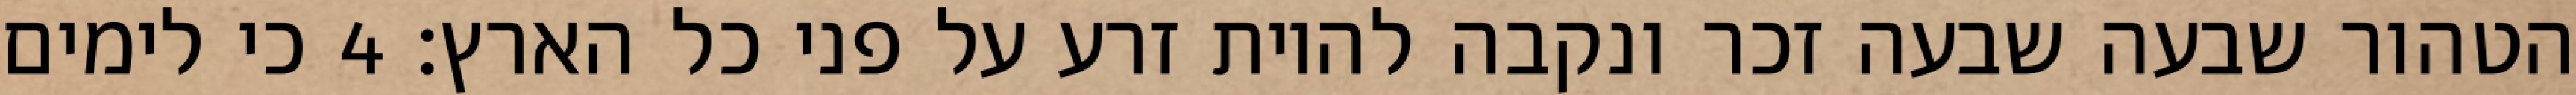
הטהור שבעה שבעה זכר ונקבה להיות זרע על פני כל הארץ׃ ‎4‏ כי לימים